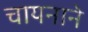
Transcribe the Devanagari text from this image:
चायनाने